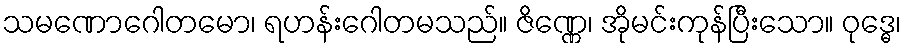
သမဏောဂေါတမော၊ ရဟန်းဂေါတမသည်။ ဇိဏ္ဏေ၊ အိုမင်းကုန်ပြီးသော။ ဝုဒ္ဓေ၊